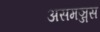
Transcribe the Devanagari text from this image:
असमञ्जस